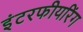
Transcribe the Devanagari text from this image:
इंटरफीयरिंग